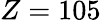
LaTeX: Z=105